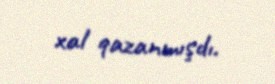
xal qazanmışdı.